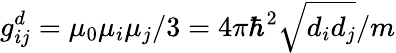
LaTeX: g_{ij}^{d}=\mu_{0}\mu_{i}\mu_{j}/3=4\pi\hbar^{2}\sqrt{d_{i}d_{j}}/m